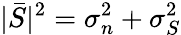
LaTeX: |\bar{S}|^{2}=\sigma_{n}^{2}+\sigma_{S}^{2}